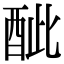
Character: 𨠐